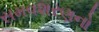
સમવશરણનો